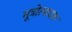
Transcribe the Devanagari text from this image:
मूत्रोत्पादक